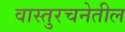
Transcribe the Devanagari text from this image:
वास्तुरचनेतील